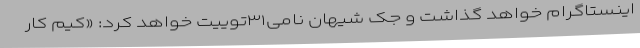
اینستاگرام خواهد گذاشت و جک شیهان نامی۳۱توییت خواهد کرد: «کیم کار